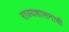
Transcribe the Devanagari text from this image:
राज्यशासनाची